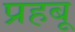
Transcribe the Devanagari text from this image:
प्रहबू